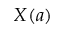
X ( a )